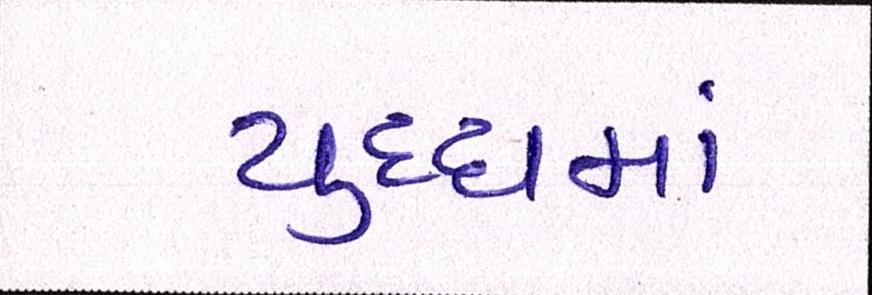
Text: યુધ્ધમાં